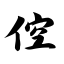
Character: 倥